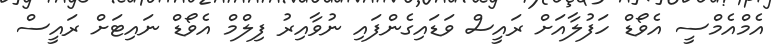
އެމްއެމްސީ އެވޯޑް ހަފުލާއަށް ރައީސް ވަޑައިގެންފައި ނުވާއިރު ފިލްމް އެވޯޑް ނައިޓަށް ރައީސް